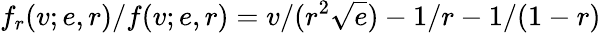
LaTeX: f_{r}(v;e,r)/f(v;e,r)=v/(r^{2}\sqrt{e})-1/r-1/(1-r)